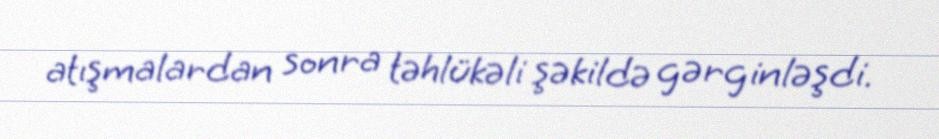
atışmalardan sonra təhlükəli şəkildə gərginləşdi.